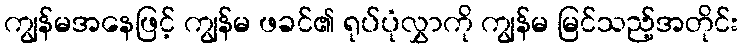
ကျွန်မအနေဖြင့် ကျွန်မ ဖခင်၏ ရုပ်ပုံလွှာကို ကျွန်မ မြင်သည့်အတိုင်း